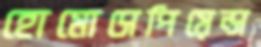
হোমোসেপিয়েন্স